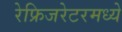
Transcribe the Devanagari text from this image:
रेफ्रिजरेटरमध्ये